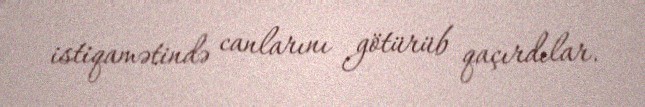
istiqamətində canlarını götürüb qaçırdılar.